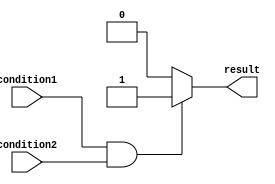
module if_else_module(
    input wire condition1,
    input wire condition2,
    output reg result
  );

  always @(*)
  begin
    if(condition1 && condition2)
    begin
      // Code to be executed if both condition1 and condition2 are true
      result = 1;
    end
    else
    begin
      // Code to be executed if either condition1 or condition2 is false
      result = 0;
    end
  end

endmodule